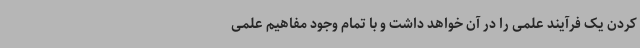
کردن یک فرآیند علمی را در آن خواهد داشت و با تمام وجود مفاهیم علمی